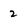
Character: 2